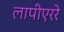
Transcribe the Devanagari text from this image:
लापीएररे